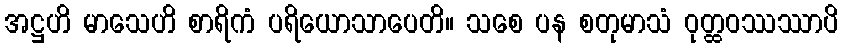
အဋ္ဌဟိ မာသေဟိ စာရိကံ ပရိယောသာပေတိ။ သစေ ပန စတုမာသံ ဝုတ္ထဝဿဿာပိ